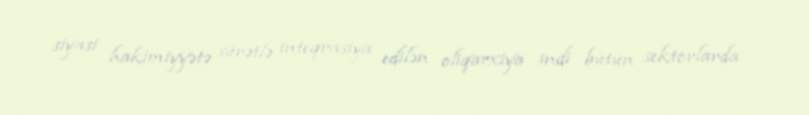
siyasi hakimiyyətə sürətlə inteqrasiya edilən oliqarxiya indi bütün sektorlarda